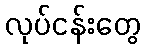
လုပ်ငန်းတွေ